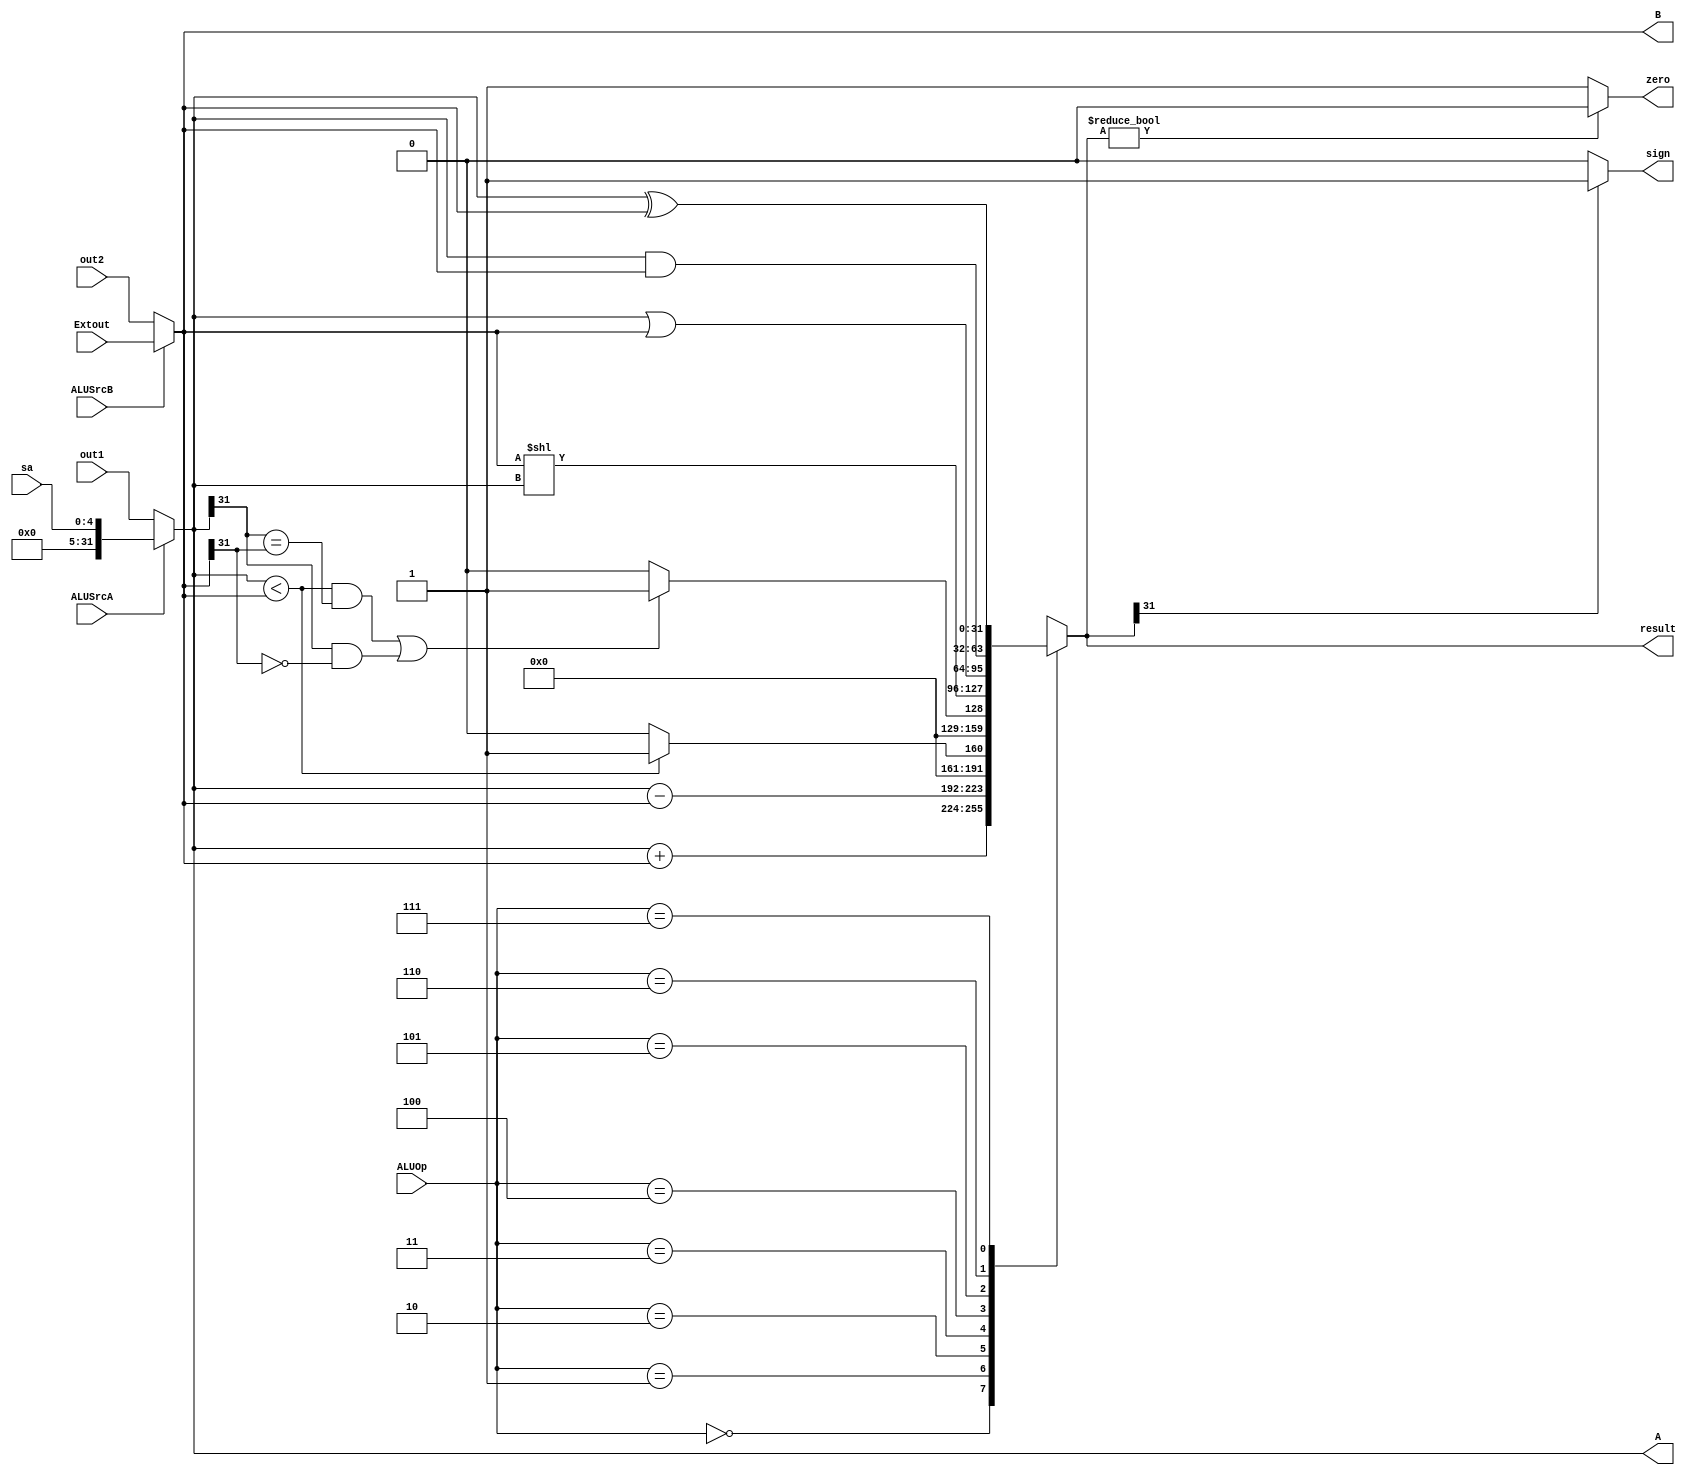
`timescale 1ns / 1ps
//////////////////////////////////////////////////////////////////////////////////
// Company: 
// Engineer: 
// 
// Design Name: 
// Module Name: ALU
// Project Name: 
// Target Devices: 
// Tool Versions: 
// Description: 
// 
// Dependencies: 
// 
// Revision:
// Revision 0.01 - File Created
// Additional Comments:
// 
//////////////////////////////////////////////////////////////////////////////////

module ALU(out1, out2, Extout, sa, ALUSrcA, ALUSrcB, ALUOp, sign, zero, A, B, result);
    input [31:0] out1; // ADR1
    input [31:0] out2; // BDR2
    input [31:0] Extout; // 2
    input [4:0] sa; // ,1
    input ALUSrcA, ALUSrcB; // 1, 2
    input [2:0] ALUOp; // ALU
    output sign, zero; // , 0
    output reg [31:0] result; // 
    
    output wire [31:0] A; // 1
    output wire [31:0] B; // 2

    // ALUSrcA11sa ALUSrcB02out1
    // ALUSrcB12ExtoutALUSrcB02out2
    assign A = ALUSrcA ? sa: out1;
    assign B = ALUSrcB ? Extout: out2;
    
    assign zero = result ? 0 : 1;
    assign sign = result[31] ? 1 : 0;
    always @(out1 or out2 or Extout or ALUSrcA or ALUSrcB or ALUOp or A or B) begin
        case(ALUOp)
            // A + B
            3'b000: result = A + B;
            // A - B
            3'b001: result = A - B;
            // 
            3'b010: result = (A < B) ? 1: 0;
            //  
            3'b011: result = (((A < B) && (A[31] == B[31])) || (A[31] == 1 && B[31] == 0)) ? 1 : 0;
            // A  B 
            3'b100: result = B << A;
            // A | B
            3'b101: result = A | B;
            // A & B
            3'b110: result = A & B;
            // A ^ B
            3'b111: result = A ^ B;
        endcase
    end
endmodule